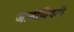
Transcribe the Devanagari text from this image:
जातीविषयी